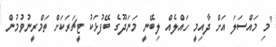
"މި މައްސަލަ އަށް ދާއިމީ ހައްލެއް ލިބޭނީ މަނަދޫގެ ބޭފުޅަކު ޓީޗަރަކަށް ތަމްރީނުވުމުން